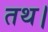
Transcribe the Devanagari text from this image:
तथ।